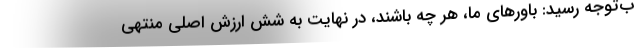
ب‌توجه رسید: باورهای ما، هر چه باشند، در نهایت به شش ارزش اصلی منتهی